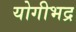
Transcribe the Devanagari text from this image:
योगीभद्र